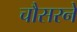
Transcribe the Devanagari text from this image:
चौसरने